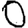
Digit: 0